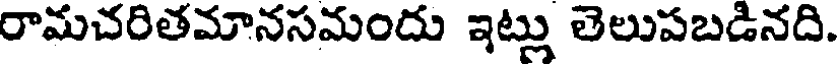
రామచరితమానసమందు ఇట్లు తెలుపబడినది.